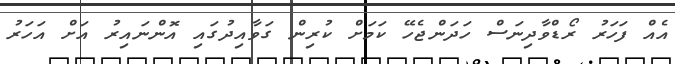
އެއް ފަހަރު ރޯޑްވާދިނަސް ހަދަންޖެހޭ ކަމަށް ކުރިން ގަވާއިދުގައި އޮންނައިރު އަށް އަހަރު